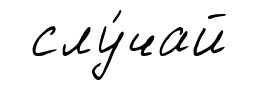
слу́чай